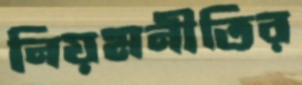
নিয়মনীতির